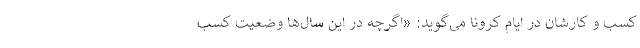
کسب و کارشان در ایام کرونا می‌گوید: «اگرچه در این سال‌ها وضعیت کسب